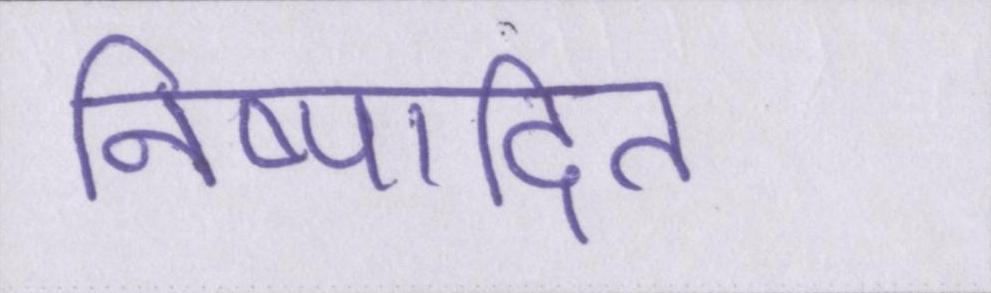
निष्पादित